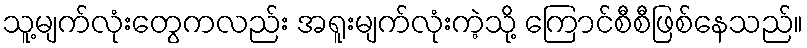
သူ့မျက်လုံးတွေကလည်း အရူးမျက်လုံးကဲ့သို့ ကြောင်စီစီဖြစ်နေသည်။